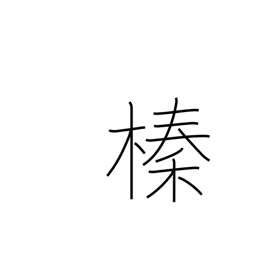
Meaning: hazelnut